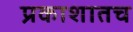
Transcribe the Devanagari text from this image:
प्रकाशातच